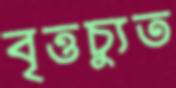
বৃত্তচ্যুত